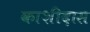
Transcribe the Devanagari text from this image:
काशीदास